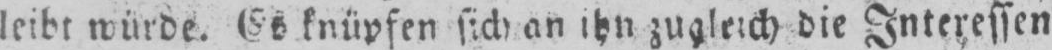
knüpfen sich an ihn zugleich die Interessen